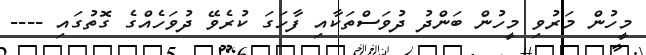
މީހުން މަރުވި މީހުން ބަންދު ދުވަސްތަކާއި ފާހަގަ ކުރެވޭ ދުވަހެއްގެ ގޮތުގައި ----